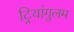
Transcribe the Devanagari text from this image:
ट्रियांगुलम